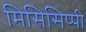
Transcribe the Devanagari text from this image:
मिसिसिप्‍पी